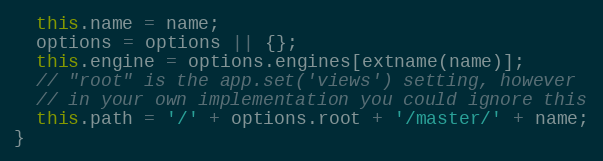
Language: JavaScript
  this.name = name;
  options = options || {};
  this.engine = options.engines[extname(name)];
  // "root" is the app.set('views') setting, however
  // in your own implementation you could ignore this
  this.path = '/' + options.root + '/master/' + name;
}